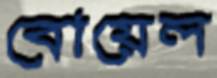
বোয়েল